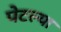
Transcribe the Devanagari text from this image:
पेटल्या